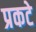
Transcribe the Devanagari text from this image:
प्रकटे